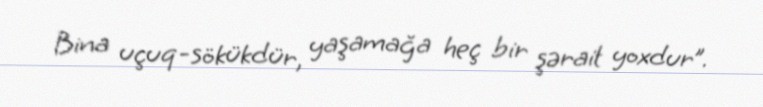
Bina uçuq-sökükdür, yaşamağa heç bir şərait yoxdur”.